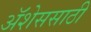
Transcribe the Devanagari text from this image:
ॲशेससाठी